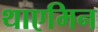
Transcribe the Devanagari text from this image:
थाएमिन